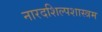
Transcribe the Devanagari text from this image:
नारदशिल्पशास्त्रम